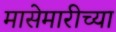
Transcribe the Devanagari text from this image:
मासेमारीच्या